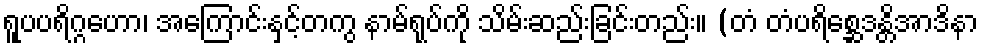
ရူပပရိဂ္ဂဟော၊ အကြောင်းနှင့်တကွ နာမ်ရုပ်ကို သိမ်းဆည်းခြင်းတည်း။ (တံ တံပရိစ္ဆေဒန္တိအာဒိနာ